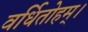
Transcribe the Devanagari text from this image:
वर्धितोहम्।